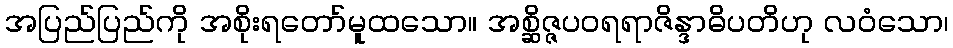
အပြည်ပြည်ကို အစိုးရတော်မူထသော။ အစ္ဆိဇ္ဇပဝရရာဇိန္ဒာဓိပတိဟု လဝံသော၊